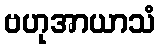
ဗဟုအာယာသံ